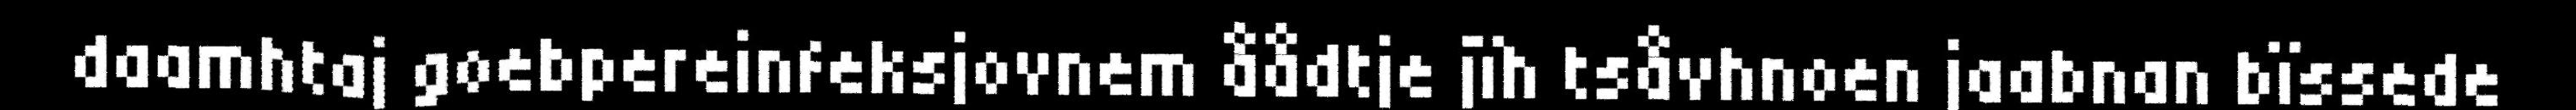
daamhtaj goebpereinfeksjovnem åådtje jïh tsåvhnoen jaabnan bïssede